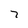
Character: 7